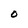
Character: O